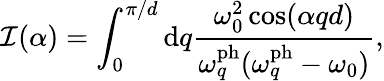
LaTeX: \mathcal{I}(\alpha)=\int_{0}^{\pi/d}\mathrm{d}q\frac{\omega_{0}^{2}\cos(\alpha qd)}{\omega_{q}^{\mathrm{ph}}(\omega_{q}^{\mathrm{ph}}-\omega_{0})},